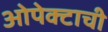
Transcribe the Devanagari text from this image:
ओपेक्टाची